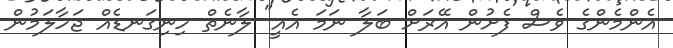
އެންމެންގެ ވެސް ފެށުން އޭރަށް ބަލާ ނަމަ އެއީ" ލާނެތް ހިނިގަނޑެއް ޖަހާލަމުން